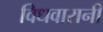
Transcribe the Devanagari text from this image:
विधवारानी